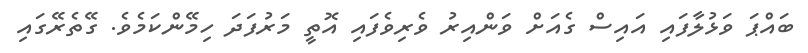
ބައްޕަ ވަޅުލާފައި އައިސް ގެއަށް ވަންއިރު ވެރިވެފައި އޮތީ މަރުފަދަ ހިމޭންކަމެވެ. ގޭތެރޭގައި